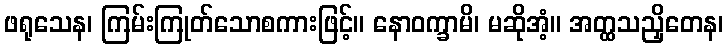
ဖရုသေန၊ ကြမ်းကြုတ်သောစကားဖြင့်။ နောဝက္ခာမိ၊ မဆိုအံ့။ အတ္ထသညှိတေန၊